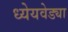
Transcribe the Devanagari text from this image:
ध्येेयवेड्या